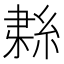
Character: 𦀱